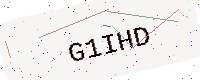
Text: G1IHD